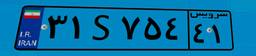
۳۱S۷۵۴۴۱